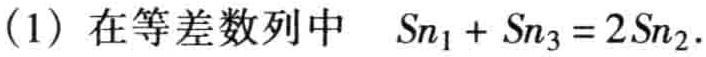
(1) 在等差数列中 \(S_{n_1}+S_{n_3}=2S_{n_2}\).